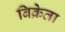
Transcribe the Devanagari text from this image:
बिक्रेता